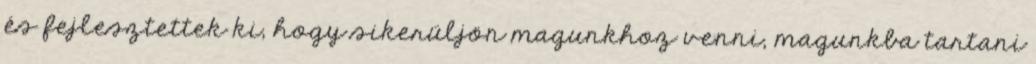
és fejlesztettek ki, hogy sikerüljön magunkhoz venni, magunkba tartani